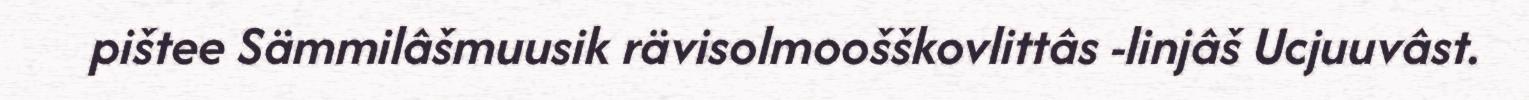
pištee Sämmilâšmuusik rävisolmoošškovlittâs -linjâš Ucjuuvâst.